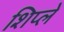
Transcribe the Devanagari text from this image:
शिप्ले